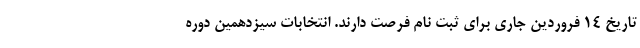
تاریخ ۱۴ فروردین جاری برای ثبت نام فرصت دارند. انتخابات سیزدهمین دوره